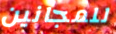
للمجانين